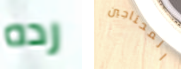
رده المحتاجين